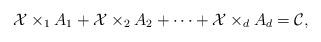
LaTeX: \begin{align*} \mathcal{X}\times_1A_1+\mathcal{X}\times_2A_2+\dots+\mathcal{X}\times_dA_d=\mathcal{C},\end{align*}